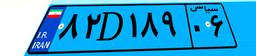
۴۷D۶۴۵۴۸